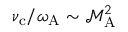
\nu _ { \mathrm { c } } / \omega _ { \mathrm { A } } \sim \mathcal { M } _ { \mathrm { A } } ^ { 2 }